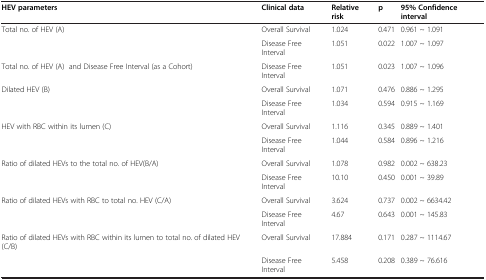
| HEV parameters | Clinical data | Relative risk | p | 95% Confidence interval |
 | --- | --- | --- | --- | --- |
 | Total no. of HEV (A) | Overall Survival | 1.024 | 0.471 | 0.961 ~ 1.091 |
 |  | Disease Free Interval | 1.051 | 0.022 | 1.007 ~ 1.097 |
 | Total no. of HEV (A) and Disease Free Interval (as a Cohort) | Disease Free Interval | 1.051 | 0.023 | 1.007 ~ 1.096 |
 | Dilated HEV (B) | Overall Survival | 1.071 | 0.476 | 0.886 ~ 1.295 |
 |  | Disease Free Interval | 1.034 | 0.594 | 0.915 ~ 1.169 |
 | HEV with RBC within its lumen (C) | Overall Survival | 1.116 | 0.345 | 0.889 ~ 1.401 |
 |  | Disease Free Interval | 1.044 | 0.584 | 0.896 ~ 1.216 |
 | Ratio of dilated HEVs to the total no. of HEV(B/A) | Overall Survival | 1.078 | 0.982 | 0.002 ~ 638.23 |
 |  | Disease Free Interval | 10.10 | 0.450 | 0.001 ~ 39.89 |
 | Ratio of dilated HEVs with RBC to total no. HEV (C/A) | Overall Survival | 3.624 | 0.737 | 0.002 ~ 6634.42 |
 |  | Disease Free Interval | 4.67 | 0.643 | 0.001 ~ 145.83 |
 | Ratio of dilated HEVs with RBC within its lumen to total no. of dilated HEV (C/B) | Overall Survival | 17.884 | 0.171 | 0.287 ~ 1114.67 |
 |  | Disease Free Interval | 5.458 | 0.208 | 0.389 ~ 76.616 |